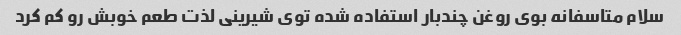
سلام متاسفانه بوی روغن چندبار استفاده شده توی شیرینی لذت طعم خوبش رو کم کرد